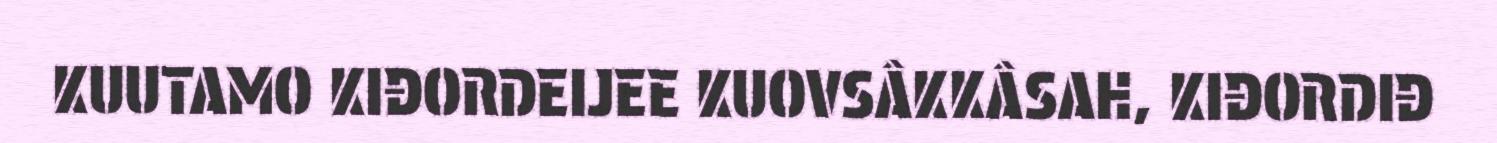
KUUTAMO KIĐORDEIJEE KUOVSÂKKÂSAH, KIĐORDIĐ